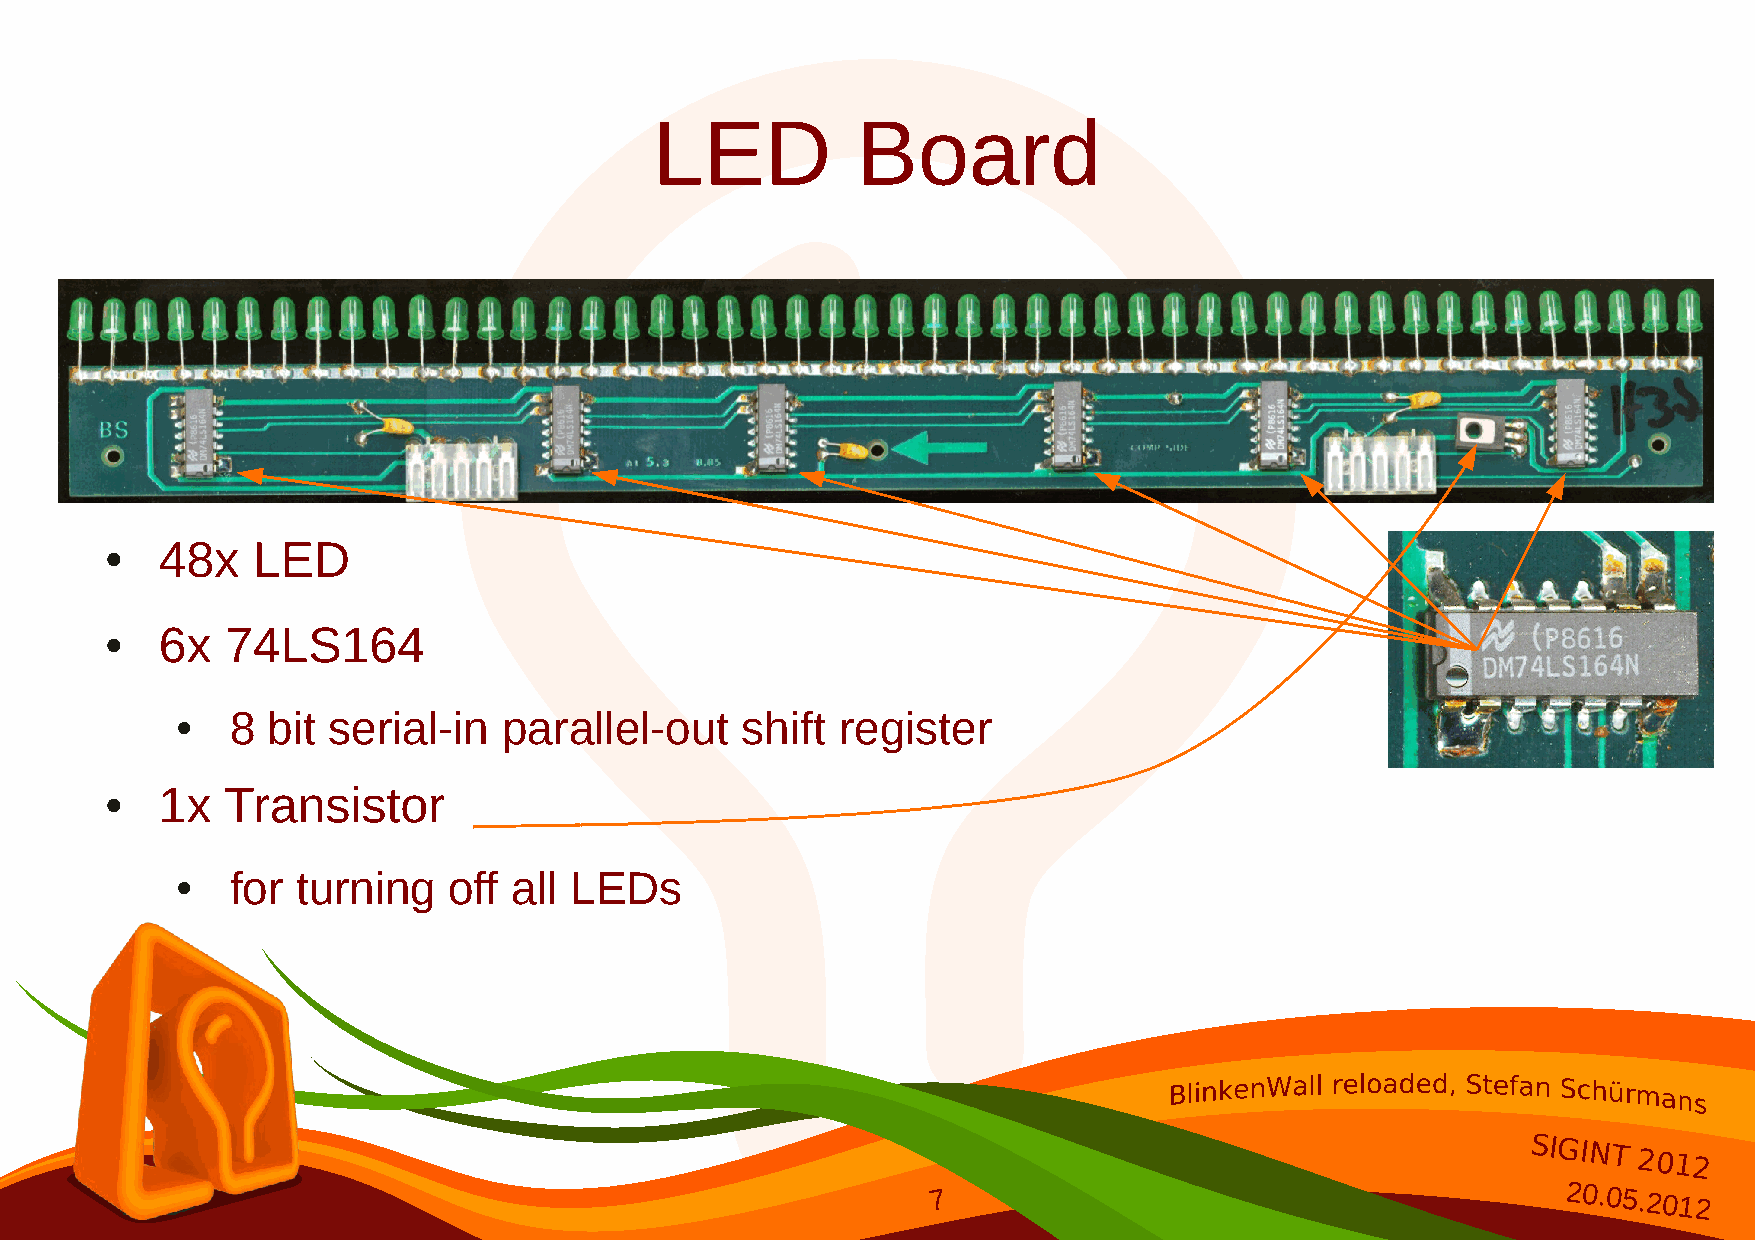
LED           Board
 48x    LED
 ●
 6x   74LS164
 ●
 8  bit serial-in  parallel-out    shift  register
 ●
 1x   Transistor
 ●
 for  turning   off all LEDs
 ●
 SIGINT
 2012
 7                                        20.05.2012